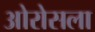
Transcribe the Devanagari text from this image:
ओरोसला